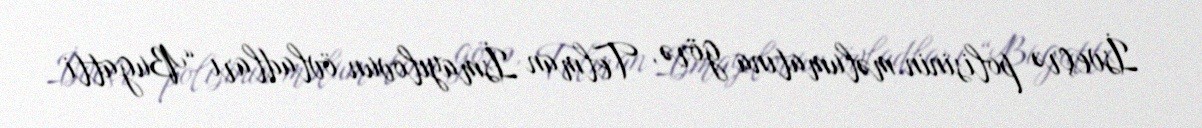
İsveçrə polisinin məlumatına görə, Telman İsmayılovun övladları “Bugatti